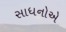
સાધનોએ